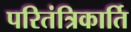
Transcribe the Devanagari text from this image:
परितंत्रिकार्ति